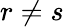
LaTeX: r\neq s